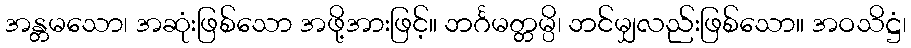
အန္တမသော၊ အဆုံးဖြစ်သော အဖို့အားဖြင့်။ ဘင်္ဂမတ္တမ္ပိ၊ ဘင်မျှလည်းဖြစ်သော။ အဝသိဋ္ဌံ၊